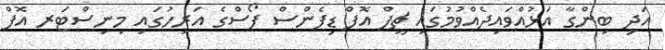
އަދި ބިންގާ އަޅުއްވައިދެއްވުމުގައި ޗީފް އޮފް ޑިފެންސް ފޯސްގެ އަރިހުގައި މިނިސްޓަރ އޮފް